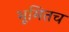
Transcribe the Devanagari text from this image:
भूमितच